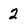
Character: 2